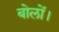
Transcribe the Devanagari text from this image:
बोलों।